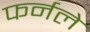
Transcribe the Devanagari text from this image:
फर्नले